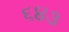
૬૪૩